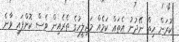
ކުރަން ހިތް ނޭދުނު އެތައް ކަމެއް މަޖިލީހުގެ ތެރެއިން ވެސް ކޮށްފައި ވާނެ